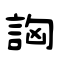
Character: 詾